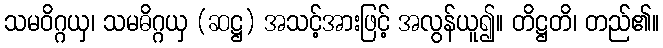
သမဝိဂ္ဂယှ၊ သမဓိဂ္ဂယှ (ဆဋ္ဌ) အသင့်အားဖြင့် အလွန်ယူ၍။ တိဋ္ဌတိ၊ တည်၏။